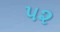
૫૨